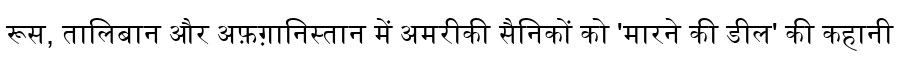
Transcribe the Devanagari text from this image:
रूस, तालिबान और अफ़ग़ानिस्तान में अमरीकी सैनिकों को 'मारने की डील' की कहानी